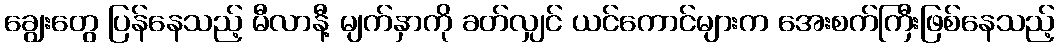
ချွေးတွေ ပြန်နေသည့် မီလာနီ့ မျက်နှာကို ခတ်လျှင် ယင်ကောင်များက အေးစက်ကြီးဖြစ်နေသည့်